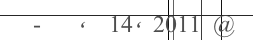
-